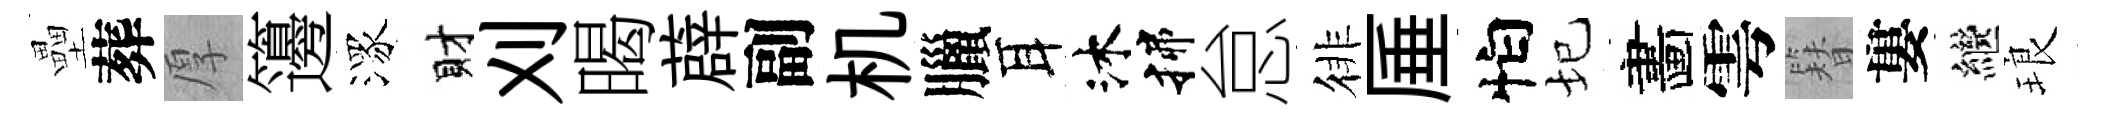
壘葬厚籩潈財刈暍薜副机臘耳沐揲怠徘厜怕圮畵雩簪婁繼琅